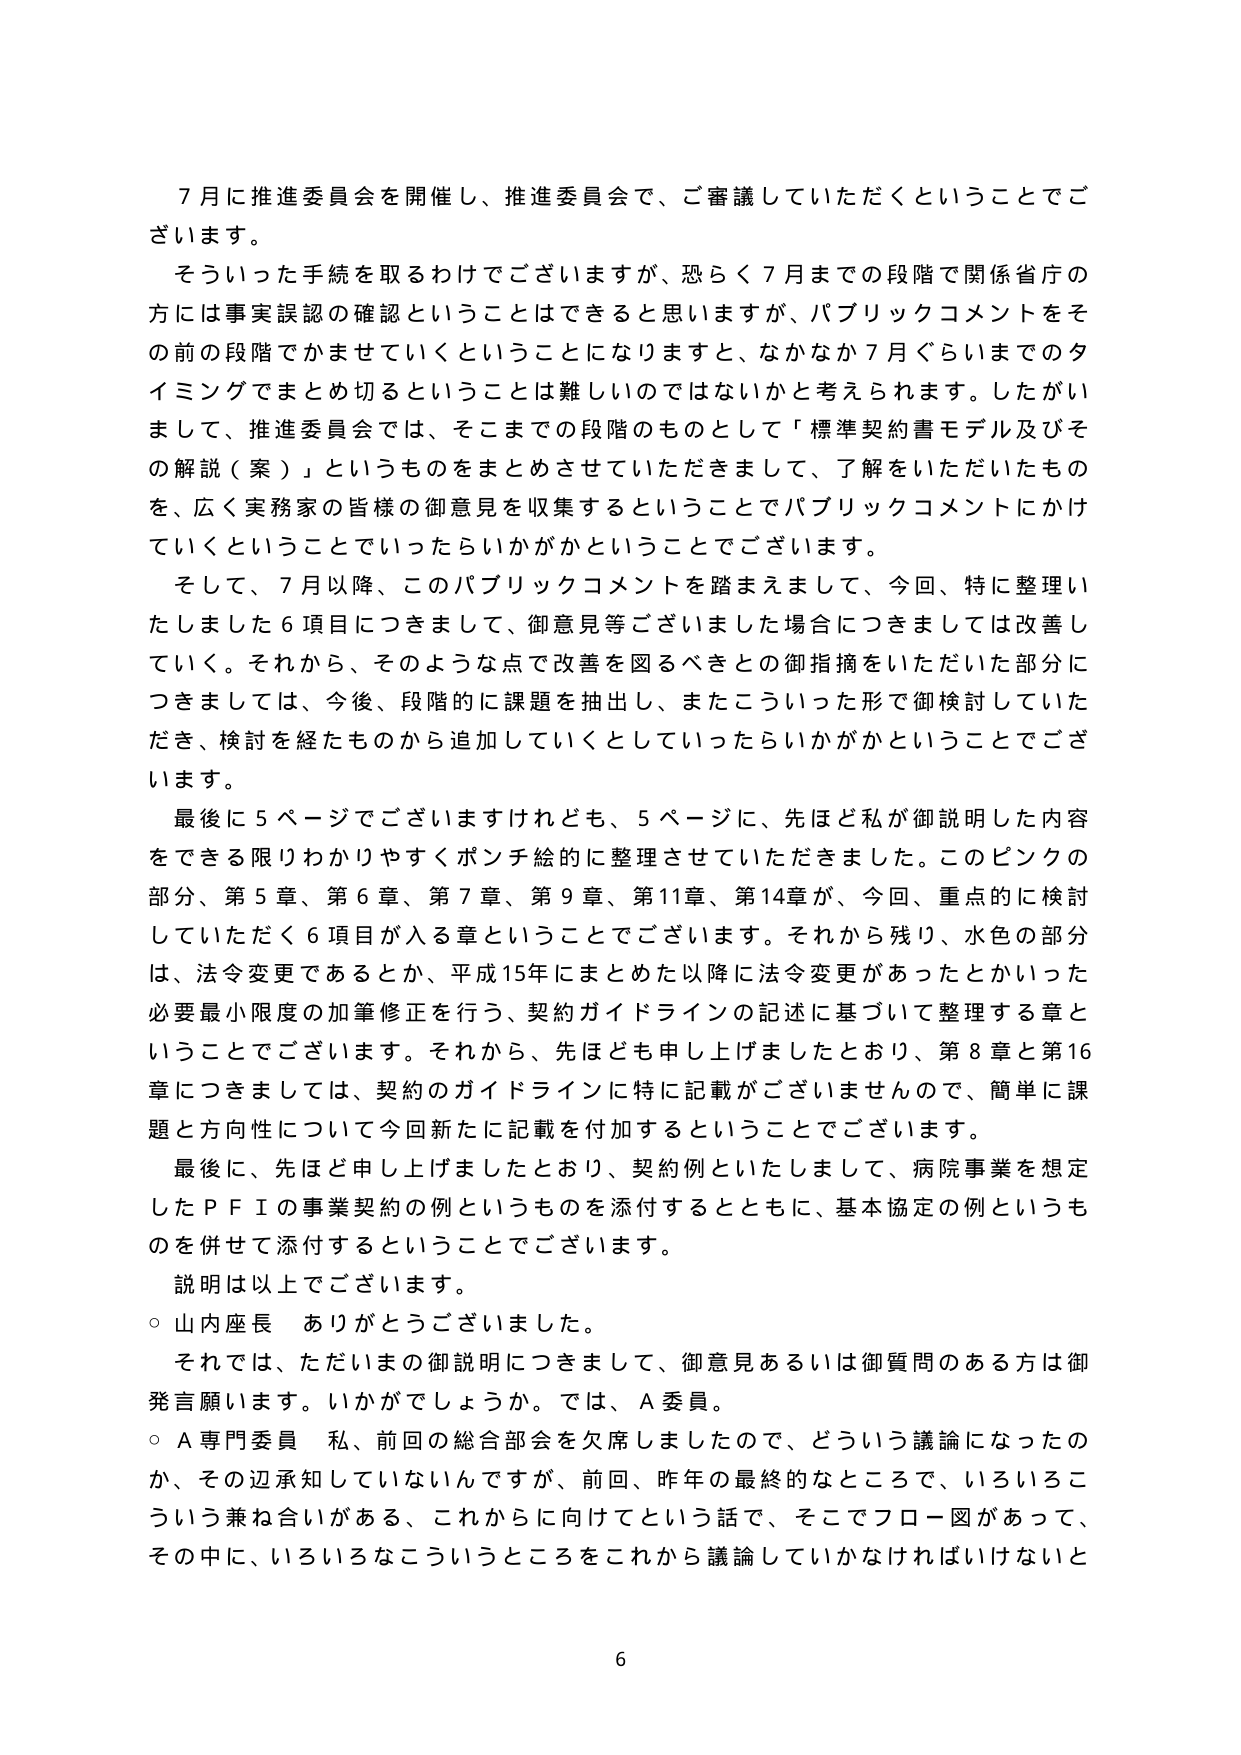
7月に推進委員会を開催し、推進委員会で、ご審議していただくということでございます。

そういった手続を取るわけでございますが、恐らく7月までの段階で関係省庁の方には事実誤認の確認ということはできると思いますが、パブリックコメントをその前の段階でかませていくということになりますと、なかなか7月ぐらいまでのタイミングでまとめ切るということは難しいのではないかと考えられます。したがいまして、推進委員会では、そこまでの段階のものとして「標準契約書モデル及びその解説（案）」というものをまとめさせていただきまして、了解をいただいたものを、広く実務家の皆様の御意見を収集するということでパブリックコメントにかけていくということでいったらいいかがかということでございます。

そして、7月以降、このパブリックコメントを踏まえまして、今回、特に整理いたしました6項目につきまして、御意見等ございました場合につきましては改善していく。それから、そのような点で改善を図るべきとの御指摘をいただいた部分につきましては、今後、段階的に課題を抽出し、またこういった形で御検討していただき、検討を経たものから追加していくとしていったらいいかがかということでございます。

最後に5ページでございますけれども、5ページに、先ほど私が御説明した内容をできる限りわかりやすくポンチ絵的に整理させていただきました。このピンクの部分、第5章、第6章、第7章、第9章、第11章、第14章が、今回、重点的に検討していただく6項目が入る章ということでございます。それから残り、水色の部分は、法令変更であるとか、平成15年にまとめた以降に法令変更があったとかいった必要最小限度の加筆修正を行う、契約ガイドラインの記述に基づいて整理する章ということでございます。それから、先ほども申し上げましたとおり、第8章と第16章につきましては、契約のガイドラインに特に記載がございませんので、簡単に課題と方向性について今回新たに記載を付加するということでございます。

最後に、先ほど申し上げましたとおり、契約例といたしまして、病院事業を想定したＰＦＩの事業契約の例というものを添付するとともに、基本協定の例というものを併せて添付するということでございます。

説明は以上でございます。

○ 山内座長 ありがとうございました。

それでは、ただいまの御説明につきまして、御意見あるいは御質問のある方は御発言願います。いかがでしょうか。では、Ａ委員。

○ Ａ専門委員 私、前回の総合部会を欠席しましたので、どういう議論になったのか、その辺承知していないんですが、前回、昨年の最終的なところで、いろいろこういう兼ね合いがある、これからに向けてという話で、そこでフロー図があって、その中に、いろいろなこういうところをこれから議論していかなければならないと

6